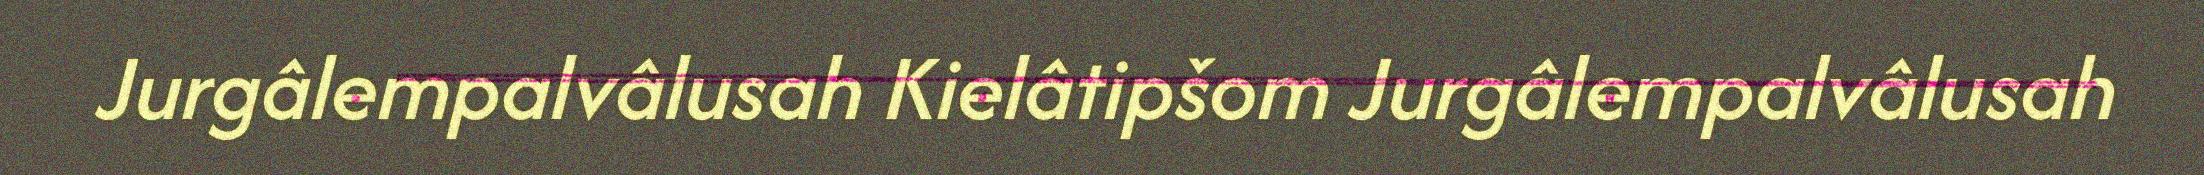
Jurgâlempalvâlusah Kielâtipšom Jurgâlempalvâlusah